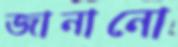
জানানো